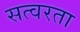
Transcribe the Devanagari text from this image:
सत्वरता